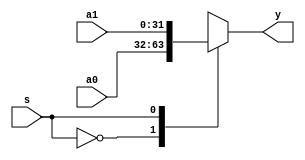
`timescale 1ns / 1ps
//////////////////////////////////////////////////////////////////////////////////
// Company: 
// Engineer: 
// 
// Design Name: 
// Module Name:    mux32_2_1 
// Project Name: 
// Target Devices: 
// Tool versions: 
// Description: 
//
// Dependencies: 
//
// Revision: 
// Revision 0.01 - File Created
// Additional Comments: 
//
//////////////////////////////////////////////////////////////////////////////////
module mux32_2_1(a0,a1,s,y
    );
	 input [31:0] a0,a1;
	 input s;
	 output [31:0] y;
	 
	 reg [31:0] y;
	 always @ (*)
		begin
			case(s)
				1'b0: y=a0;
				1'b1: y=a1;
				default: y=32'hxxxxxxxx; 
			endcase
		end
endmodule